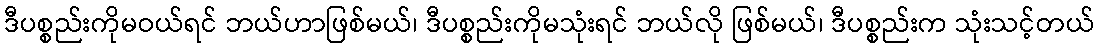
ဒီပစ္စည်းကိုမဝယ်ရင် ဘယ်ဟာဖြစ်မယ်၊ ဒီပစ္စည်းကိုမသုံးရင် ဘယ်လို ဖြစ်မယ်၊ ဒီပစ္စည်းက သုံးသင့်တယ်